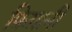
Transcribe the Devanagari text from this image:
फ़िग़ानी